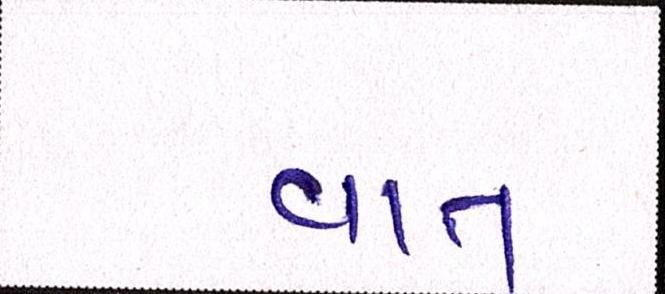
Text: વાત